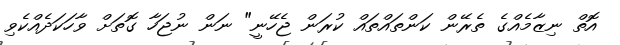
އޮތް ނިޒާމެއްގެ ތެރޭން ކަންތައްތައް ކުރަން ޖެހޭނީ" ނަން ނުޖަހާ ގޮތަށް ވާހަކަދެއްކެވި